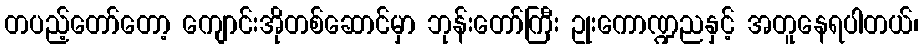
တပည့်တော်တော့ ကျောင်းအိုတစ်ဆောင်မှာ ဘုန်းတော်ကြီး ဥုးကောဏ္ဍညနှင့် အတူနေရပါတယ်၊